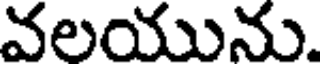
వలయును.